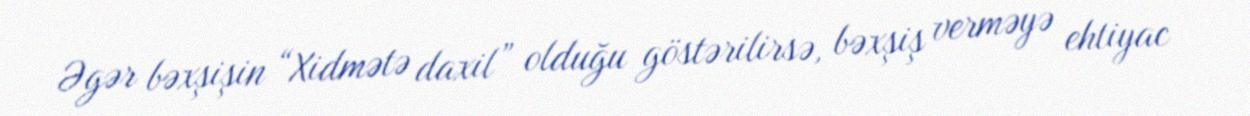
Əgər bəxşişin “Xidmətə daxil” olduğu göstərilirsə, bəxşiş verməyə ehtiyac